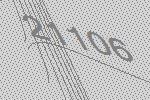
21106